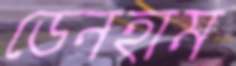
ডেনহাম